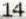
14